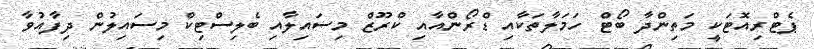
ޕެޓްރިއޮޓަކީ މަތިންދާ ބޯޓް ހަމަލާތަކާއި ޑްރޯންއާއި ކްރޫޒް މިސައިލާއި ބެލިސްޓިކް މިސައިލުން ދިފާއުވާ